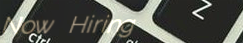
Now Hiring